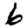
Digit: 6